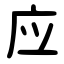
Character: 应